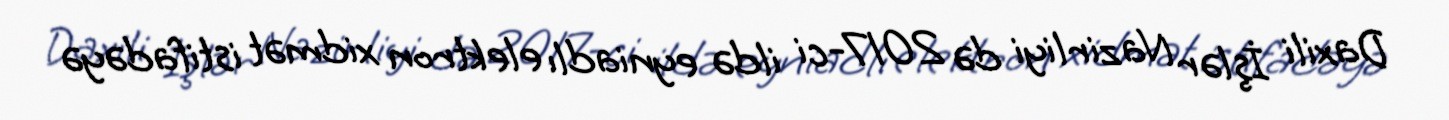
Daxili İşlər Nazirliyi də 2017-ci ildə eyniadlı elektron xidmət istifadəyə